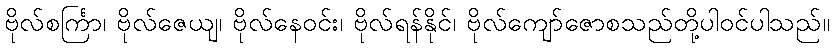
ဗိုလ်စင်္ကြာ၊ ဗိုလ်ဇေယျ၊ ဗိုလ်နေဝင်း၊ ဗိုလ်ရန်နိုင်၊ ဗိုလ်ကျော်ဇောစသည်တို့ပါဝင်ပါသည်။